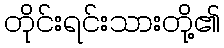
တိုင်းရင်းသားတို့၏